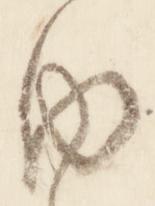
内